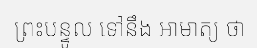
ព្រះបន្ទូល ទៅនឹង អាមាត្យ ថា